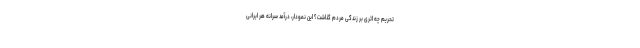
تحریم چه اثری بر زندگی مردم گذاشت؟ این نمودار، درآمد سرانه هر ایرانی